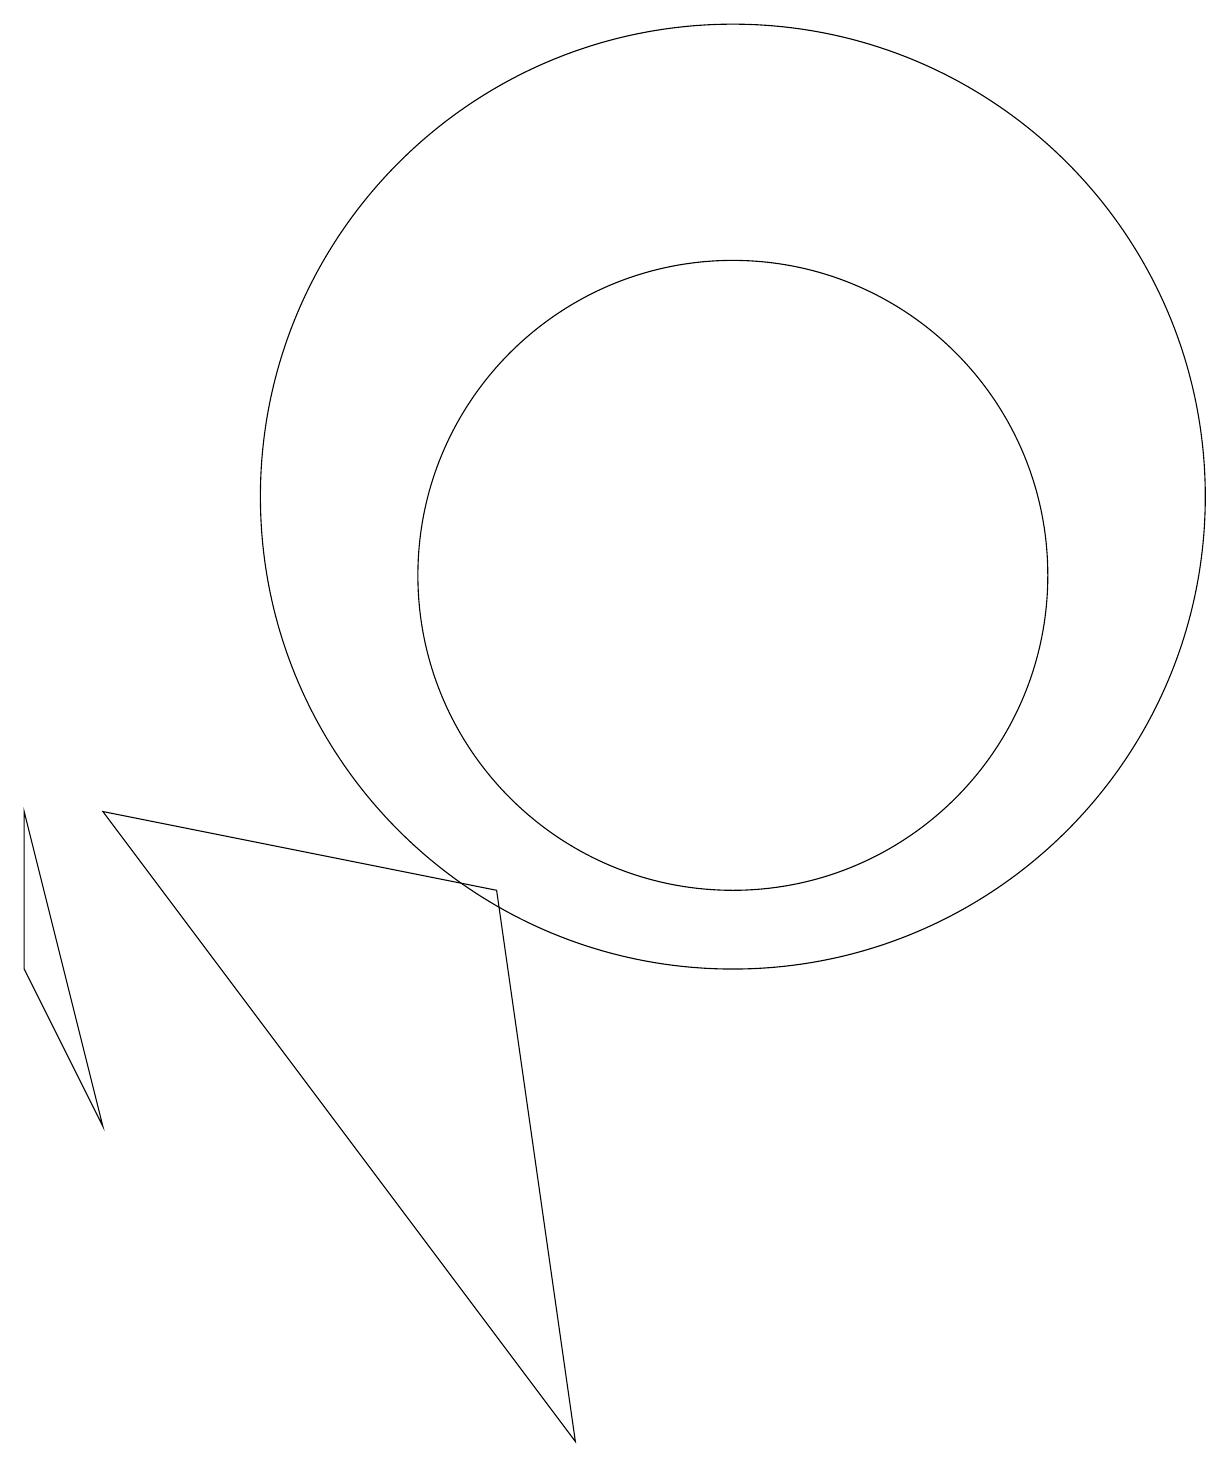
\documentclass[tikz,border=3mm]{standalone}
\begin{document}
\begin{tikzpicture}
\draw (10,12) circle (6);
\draw (1,8) -- (2,4) -- (1,6) -- cycle;
\draw (8,0) -- (7,7) -- (2,8) -- cycle;
\draw (10,11) circle (4);
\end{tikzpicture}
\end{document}